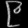
Digit: ၉